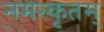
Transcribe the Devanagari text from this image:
नमस्कृतम्